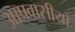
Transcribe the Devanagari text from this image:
आप्रवासीयों